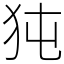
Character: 㹠